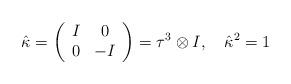
LaTeX: \begin{align*}\hat{\kappa}=\left(\begin{array}{cc}I&0\\0&-I\end{array}\right)=\tau^3\otimes I, \quad \hat{\kappa}{}^2=1\end{align*}